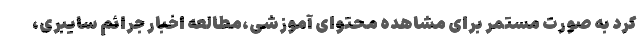
کرد به صورت مستمر برای مشاهده محتوای آموزشی،مطالعه اخبار جرائم سایبری،